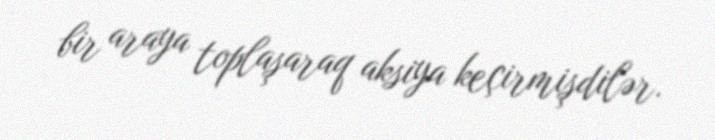
bir araya toplaşaraq aksiya keçirmişdilər.